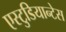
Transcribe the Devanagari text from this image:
एस्टुडियान्टेस